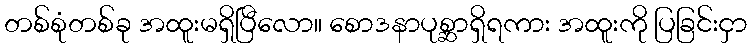
တစ်စုံတစ်ခု အထူးမရှိပြီလော။ စောဒနာပုစ္ဆာရှိရကား အထူးကို ပြခြင်းငှာ